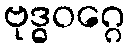
ဗုဒ္ဓဝဂ္ဂေ